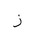
Letter: _zay